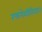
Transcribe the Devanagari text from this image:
रक्तपेशीविघटन